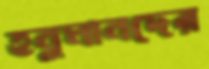
হনুমানদের